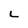
Character: L